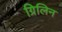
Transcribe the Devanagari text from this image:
ग्रिलिन